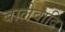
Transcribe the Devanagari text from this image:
बालेवादि